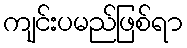
ကျင်းပမည်ဖြစ်ရာ